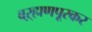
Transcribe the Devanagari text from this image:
बऱ्हाणपूरकर